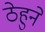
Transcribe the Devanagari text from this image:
ठेहुने